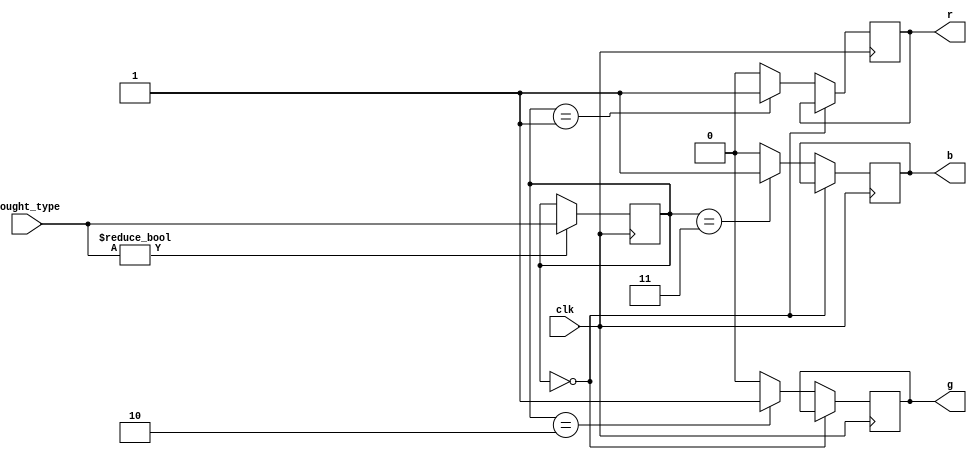
module BoughtTypeDisplay (
    input clk,
    input [1:0] bought_type,
    output reg r,
    output reg g,
    output reg b
);

reg [1:0] bought_type_reg;

initial begin
    bought_type_reg <= 2'b00;
end

always@(posedge clk) begin
    if (bought_type != 2'b00) begin
        bought_type_reg <= bought_type;
    end else begin
        bought_type_reg <= bought_type_reg;
    end
end

initial begin
    r <= 1'b1;
    g <= 1'b1;
    b <= 1'b1;
end

always@(posedge clk) begin
    if (bought_type_reg == 2'b00) begin
        r <= r;
    end else begin
        if (bought_type_reg == 2'b01) begin
            r <= 1'b1;
        end else begin
            r <= 1'b0;
        end
    end
end

always@(posedge clk) begin
    if (bought_type_reg == 2'b00) begin
        g <= g;
    end else begin
        if (bought_type_reg == 2'b10) begin
            g <= 1'b1;
        end else begin
            g <= 1'b0;
        end
    end
end

always@(posedge clk) begin
    if (bought_type_reg == 2'b00) begin
        b <= b;
    end else begin
        if (bought_type_reg == 2'b11) begin
            b <= 1'b1;
        end else begin
            b <= 1'b0;
        end
    end
end

endmodule